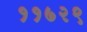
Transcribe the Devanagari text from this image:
११७२९